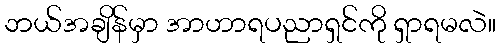
ဘယ်အချိန်မှာ အာဟာရပညာရှင်ကို ရှာရမလဲ။